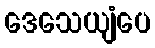
ဒေသေယျံပေ